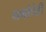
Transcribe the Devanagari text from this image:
धर्माचेही